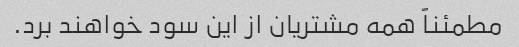
مطمئناً همه مشتریان از این سود خواهند برد.